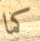
كما